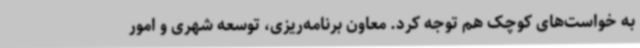
به خواست‌های کوچک هم توجه کرد. معاون برنامه‌ریزی، توسعه شهری و امور